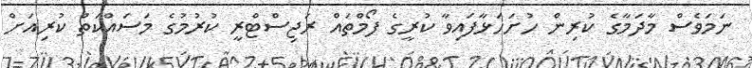
ނަމަވެސް މާދަމާގެ ކުރިން ހުށަހަޅާފައިވާ ކުރީގެ ފޯމްތައް ރަޖިސްޓްރީ ކުރުމުގެ މަސައްކަތް ކުރިއަށް